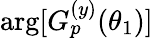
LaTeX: \arg[G_{p}^{(y)}(\theta_{1})]